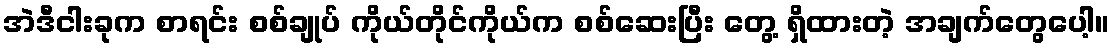
အဲဒီငါးခုက စာရင်း စစ်ချုပ် ကိုယ်တိုင်ကိုယ်က စစ်ဆေးပြီး တွေ့ ရှိထားတဲ့ အချက်တွေပေါ့။